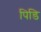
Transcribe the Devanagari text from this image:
पिडि